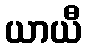
ယာယီ